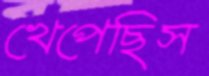
খেপেছিস